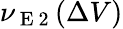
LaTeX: \nu_{\mathrm{~E~2~}}(\Delta V)